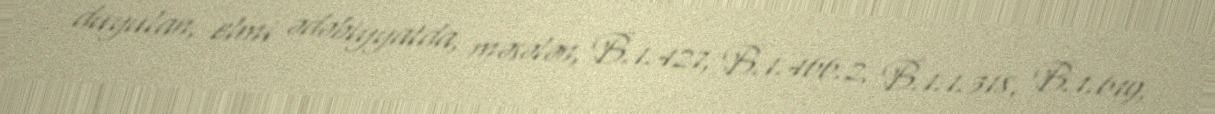
duyulan, elmi ədəbiyyatda, məsələn, B.1.427, B.1.466.2, B.1.1.318, B.1.619,